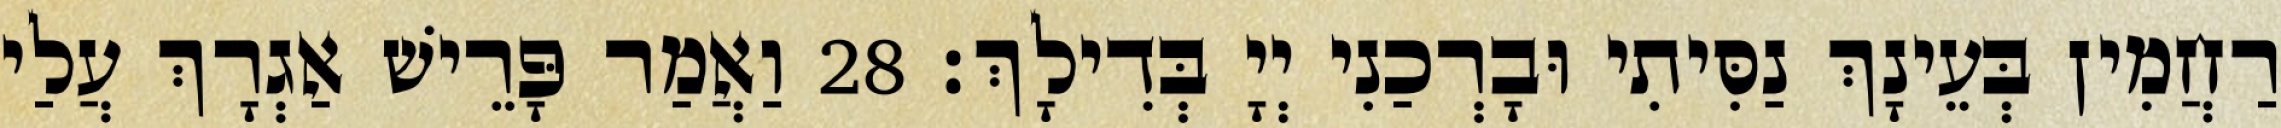
רַחֲמִין בְּעֵינָךְ נַסִּיתִי וּבָרְכַנִי יְיָ בְּדִילָךְ׃ 28 וַאֲמַר פָּרֵישׁ אַגְרָךְ עֲלַי